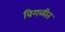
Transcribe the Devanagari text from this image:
विगळीत